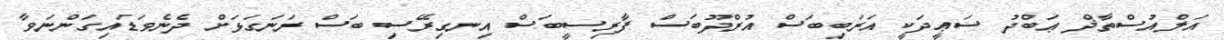
އަލްއުސްތާޛް ޢަބްދު ސަޢީދަކީ އަރަބިބަސް އުރްދޫބަސް ފާރިސީބަސް އިނގިރޭސި ބަސް ރަނަގަޅަށް ދެނެވަޑައިގަންނަވާ